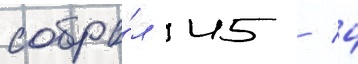
собра́л 45 / 4